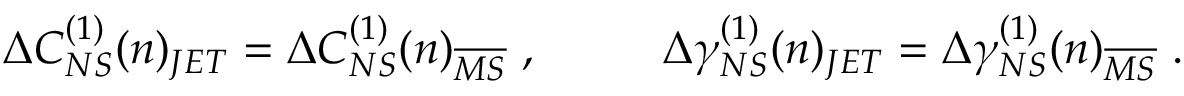
\Delta C _ { N S } ^ { ( 1 ) } ( n ) _ { J E T } = \Delta C _ { N S } ^ { ( 1 ) } ( n ) _ { \overline { { { M S } } } } ~ , ~ ~ ~ ~ ~ ~ ~ ~ \Delta \gamma _ { N S } ^ { ( 1 ) } ( n ) _ { J E T } = \Delta \gamma _ { N S } ^ { ( 1 ) } ( n ) _ { \overline { { { M S } } } } ~ .